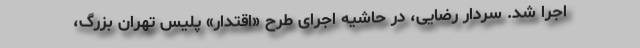
اجرا شد. سردار رضایی، در حاشیه اجرای طرح «اقتدار» پلیس تهران بزرگ،